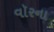
વૉરના